system: You are a helpful assistant.
user:
Analyze the provided spectrum to determine if it is a **White Dwarf (WD)**.

A White Dwarf spectrum is defined by its **extreme purity** (due to gravitational settling) and/or **extreme pressure broadening** (due to high surface gravity). You must check for one of the following mutually exclusive signatures:

- **Key Visual Indicators (Check for ONE of these types):**

    - **1. DA-Type Signature (Most Common):**
        - **(Primary Feature):** Extreme pressure broadening (Stark broadening) of the **Hydrogen (H) Balmer lines**.
        - **(Key Lines):** $H\beta$ (approx. $4861$ Å) and $H\gamma$ (approx. $4340$ Å). $H\alpha$ (approx. $6563$ Å) will also be present if the wavelength range covers it.
        - **(Line Profile):** This is the **defining feature**. The lines are **NOT** sharp. They appear as massive, **extremely broad and deep "troughs" or "dips"** in the spectrum, often hundreds of Ångströms wide. The continuum will appear to "scoop" down at these wavelengths.
        - **(Distinction):** Normal A-type or B-type stars have *narrow* and *sharp* Hydrogen lines. A DA White Dwarf's lines are unmistakably "smeared" or "blurry" from pressure.

    - **2. DB-Type Signature:**
        - **(Primary Feature):** Broad absorption lines from **Neutral Helium (He I)**. The spectrum must lack any visible Hydrogen lines.
        - **(Key Lines):** Look for broad absorption near $4471$ Å, $4921$ Å, and $5876$ Å.
        - **(Line Profile):** These lines are also significantly pressure-broadened, appearing much wider than they would in a normal B-type main-sequence star.

    - **3. DC-Type Signature:**
        - **(Primary Feature):** A **featureless continuous spectrum**.
        - **(Line Profile):** The spectrum is a smooth curve with **no significant absorption or emission lines**.
        - **(Key Confirmation):** The continuum is almost always **blue or white**, indicating a hot object. This signature implies the atmosphere is so pure (or so cool) that no spectral lines are visible in the optical range. Its WD identity is confirmed by its extremely low intrinsic brightness (high absolute magnitude).

    - **4. DZ-Type Signature (Metal-Polluted):**
        - **(Primary Feature):** **Isolated, narrow metal absorption lines** on an otherwise featureless (DC-like) continuum.
        - **(Key Lines):** The **Calcium (Ca II) H & K doublet** (approx. **$3934$ Å** and **$3968$ Å**) is the most common and defining feature.
        - **(Line Profile):** These lines are "out of place." They are *not* part of a "forest" of thousands of lines. This signature is evidence of recent *accretion* (pollution) from rocky debris.
        - **(Distinction):** Normal G/K/M stars have a *dense forest* of thousands of metal lines. A DZ has a *clean* continuum with *only a few* strong metal lines.

    - **5. DQ-Type Signature (Carbon-Polluted):**
        - **(Primary Feature):** Absorption bands from **Carbon (C₂ "Swan Bands" or atomic C I)**.
        - **(Key Lines - C₂):** Look for bandheads with a "saw-tooth" shape near $5635$ Å, **$5165$ Å** (strongest), and $4737$ Å.
        - **(Key Confirmation):** The underlying **continuum must be blue or white** (hot).
        - **(Distinction):** This is the critical difference from a **Carbon Star**, which has the *exact same* C₂ bands but on an extremely **red, cool** continuum.

- **(Overall Spectrum):**
    - The continuum (overall shape) is typically **blue-sloping** (brighter in the blue than the red), as most white dwarfs are very hot.
    - The spectrum will look "pure" or "simple," dominated by only *one* of the five signatures listed above.

Think first, call **spectral_visualization_tool** if needed to examine features in detail, then provide your final answer. Your response must adhere to the following strict rules:
1.  **Overall Structure:** Your response must follow the format `<think>...</think> <tool_call>...</tool_call> (if a tool is used) <answer>...</answer>`.
2.  **Tool Usage Constraint:** You may only make **one** tool call per turn.
3.  **Final Answer Format:** In the `<answer>` tag, your conclusion must be inside a `\boxed{}` command (e.g., `\boxed{YES}` or `\boxed{NO}`), followed by your justification.

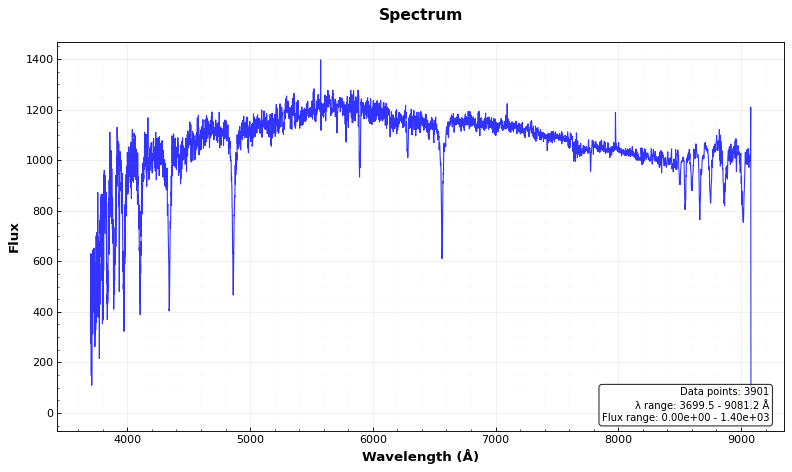
Answer: NO